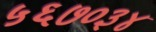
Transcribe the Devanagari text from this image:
५६७०३४